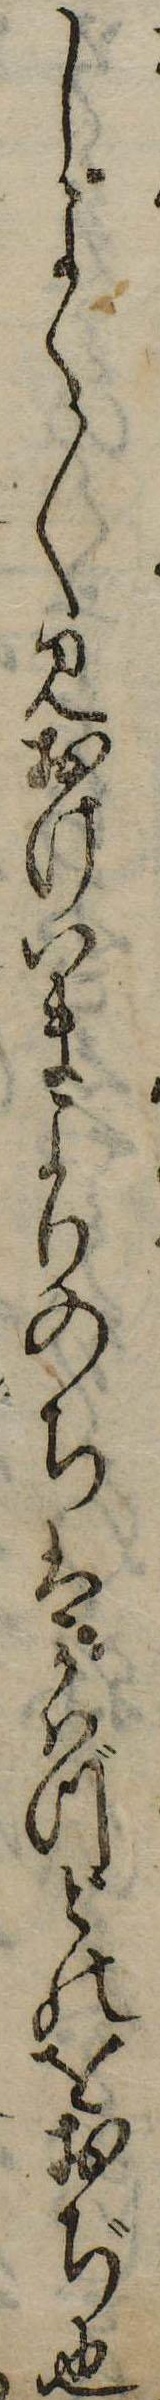
しよく〱見おけいまよりのちはかはづどのをおぢ也